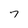
Character: 7